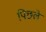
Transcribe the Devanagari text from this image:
पिछले